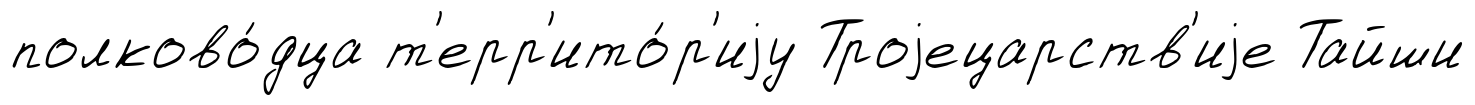
полково́дца т'ерр'ито́р'иjу Троjецарств'иjе Тайши